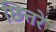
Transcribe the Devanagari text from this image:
छित्तरे